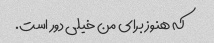
که هنوز برای من خیلی دور است.